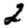
Digit: 2